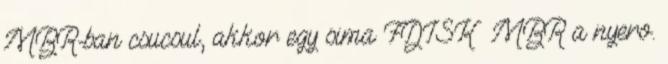
MBR-ban csucsul, akkor egy sima FDISK MBR a nyero.